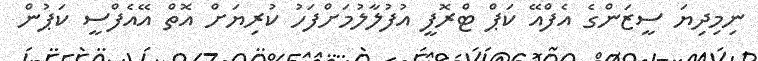
ނިމިދިޔަ ސީޒަންގެ އެފްއޭ ކަޕް ޓްރޮފީ އުފުލާލުމަށްފަހު ކުރިޔަށް އޮތް އޭއެފްސީ ކަޕުން